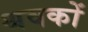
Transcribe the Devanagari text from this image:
श्रवकों